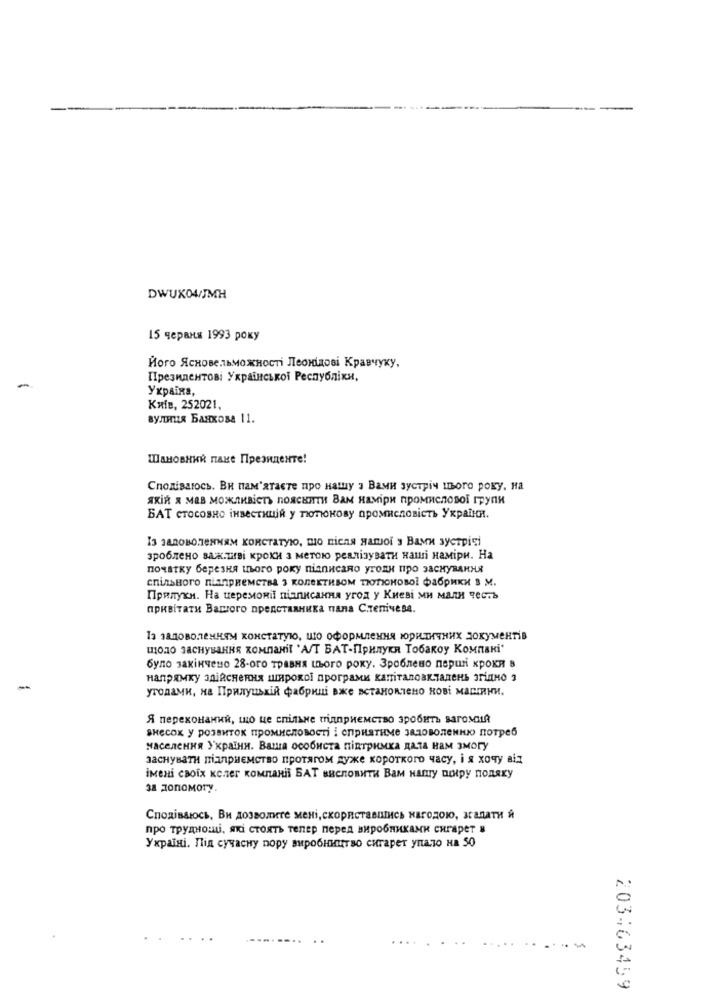
DWUX04/JMH
15 червия 1993 року
Його Ясновельможності Леонидові Кравчуку,
Президентові Украйнськой Республики,
Украйна,
Knie, 252021,
вулиця Банкова 11.
Шановний пане Президенте!
Сподіваюсь. Ви пам"атасте про нашу з Вами зустріч пвого року. на
якій я мав можливість пояснити Вам наміри промисловой групи
БАТ стосовно инвестиций у тютюнову промисловість України.
I3 JAROBOTENNEM KORCTATyIO, mio niens Hamoi 3 BaMN syetpisi
зроблено важиві кроки з метою реалізувати наш наміри. На
початку березня цього року підписано угоди про заснувания
спільного пкприемства з колективом тютюновой фабрики в м.
Прялуки. На церемомі пілписания угод у Киеві ми мали честь
привітати Вашого представника пала Cтeпічева.
13 задоволенням констатую, шо оформления юридичних документів
щодо заснувания компані "А/Т БАТ-Прилуки Тобакоу Компані"
було закінчено 28-ого травня нього року. Зроблено пери кроки в
напрямку здійсяения широкой програми капиталовкладень эгідно з
угодами, на Прилуцький фабриш вже встановлено нові машини.
Я переконамий, що це спільне глприемство эробить вагомая
внесок у розвиток промисловості і сприятиме задоволенню потреб
населения Украдня. Ваша особиста підтримка дала нам змогу
заснувати підприемство протягом дуже короткого часу, i я хочу від
іменi своих колег компанii БАТ васловити Вам нашгу щиру подяку
за допомогу.
Сподіваюсь, Ви дозволите мені, скориставшись нагодою, задати й
про труднощі, які стоять тепер перед виробниками сигарет в
Україні. Під сучасну пору виробництво сигарет упало на 50
203463459